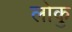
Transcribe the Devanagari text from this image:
लोकु